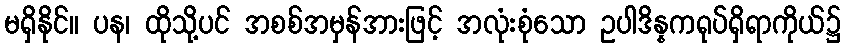
မရှိနိုင်။ ပန၊ ထိုသို့ပင် အစစ်အမှန်အားဖြင့် အလုံးစုံသော ဥပါဒိန္နကရုပ်ရှိရာကိုယ်၌